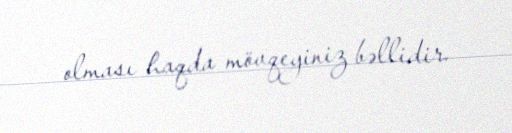
olması haqda mövqeyiniz bəllidir.